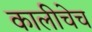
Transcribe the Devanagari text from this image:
कालीचेच